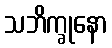
သဘိက္ခုနော